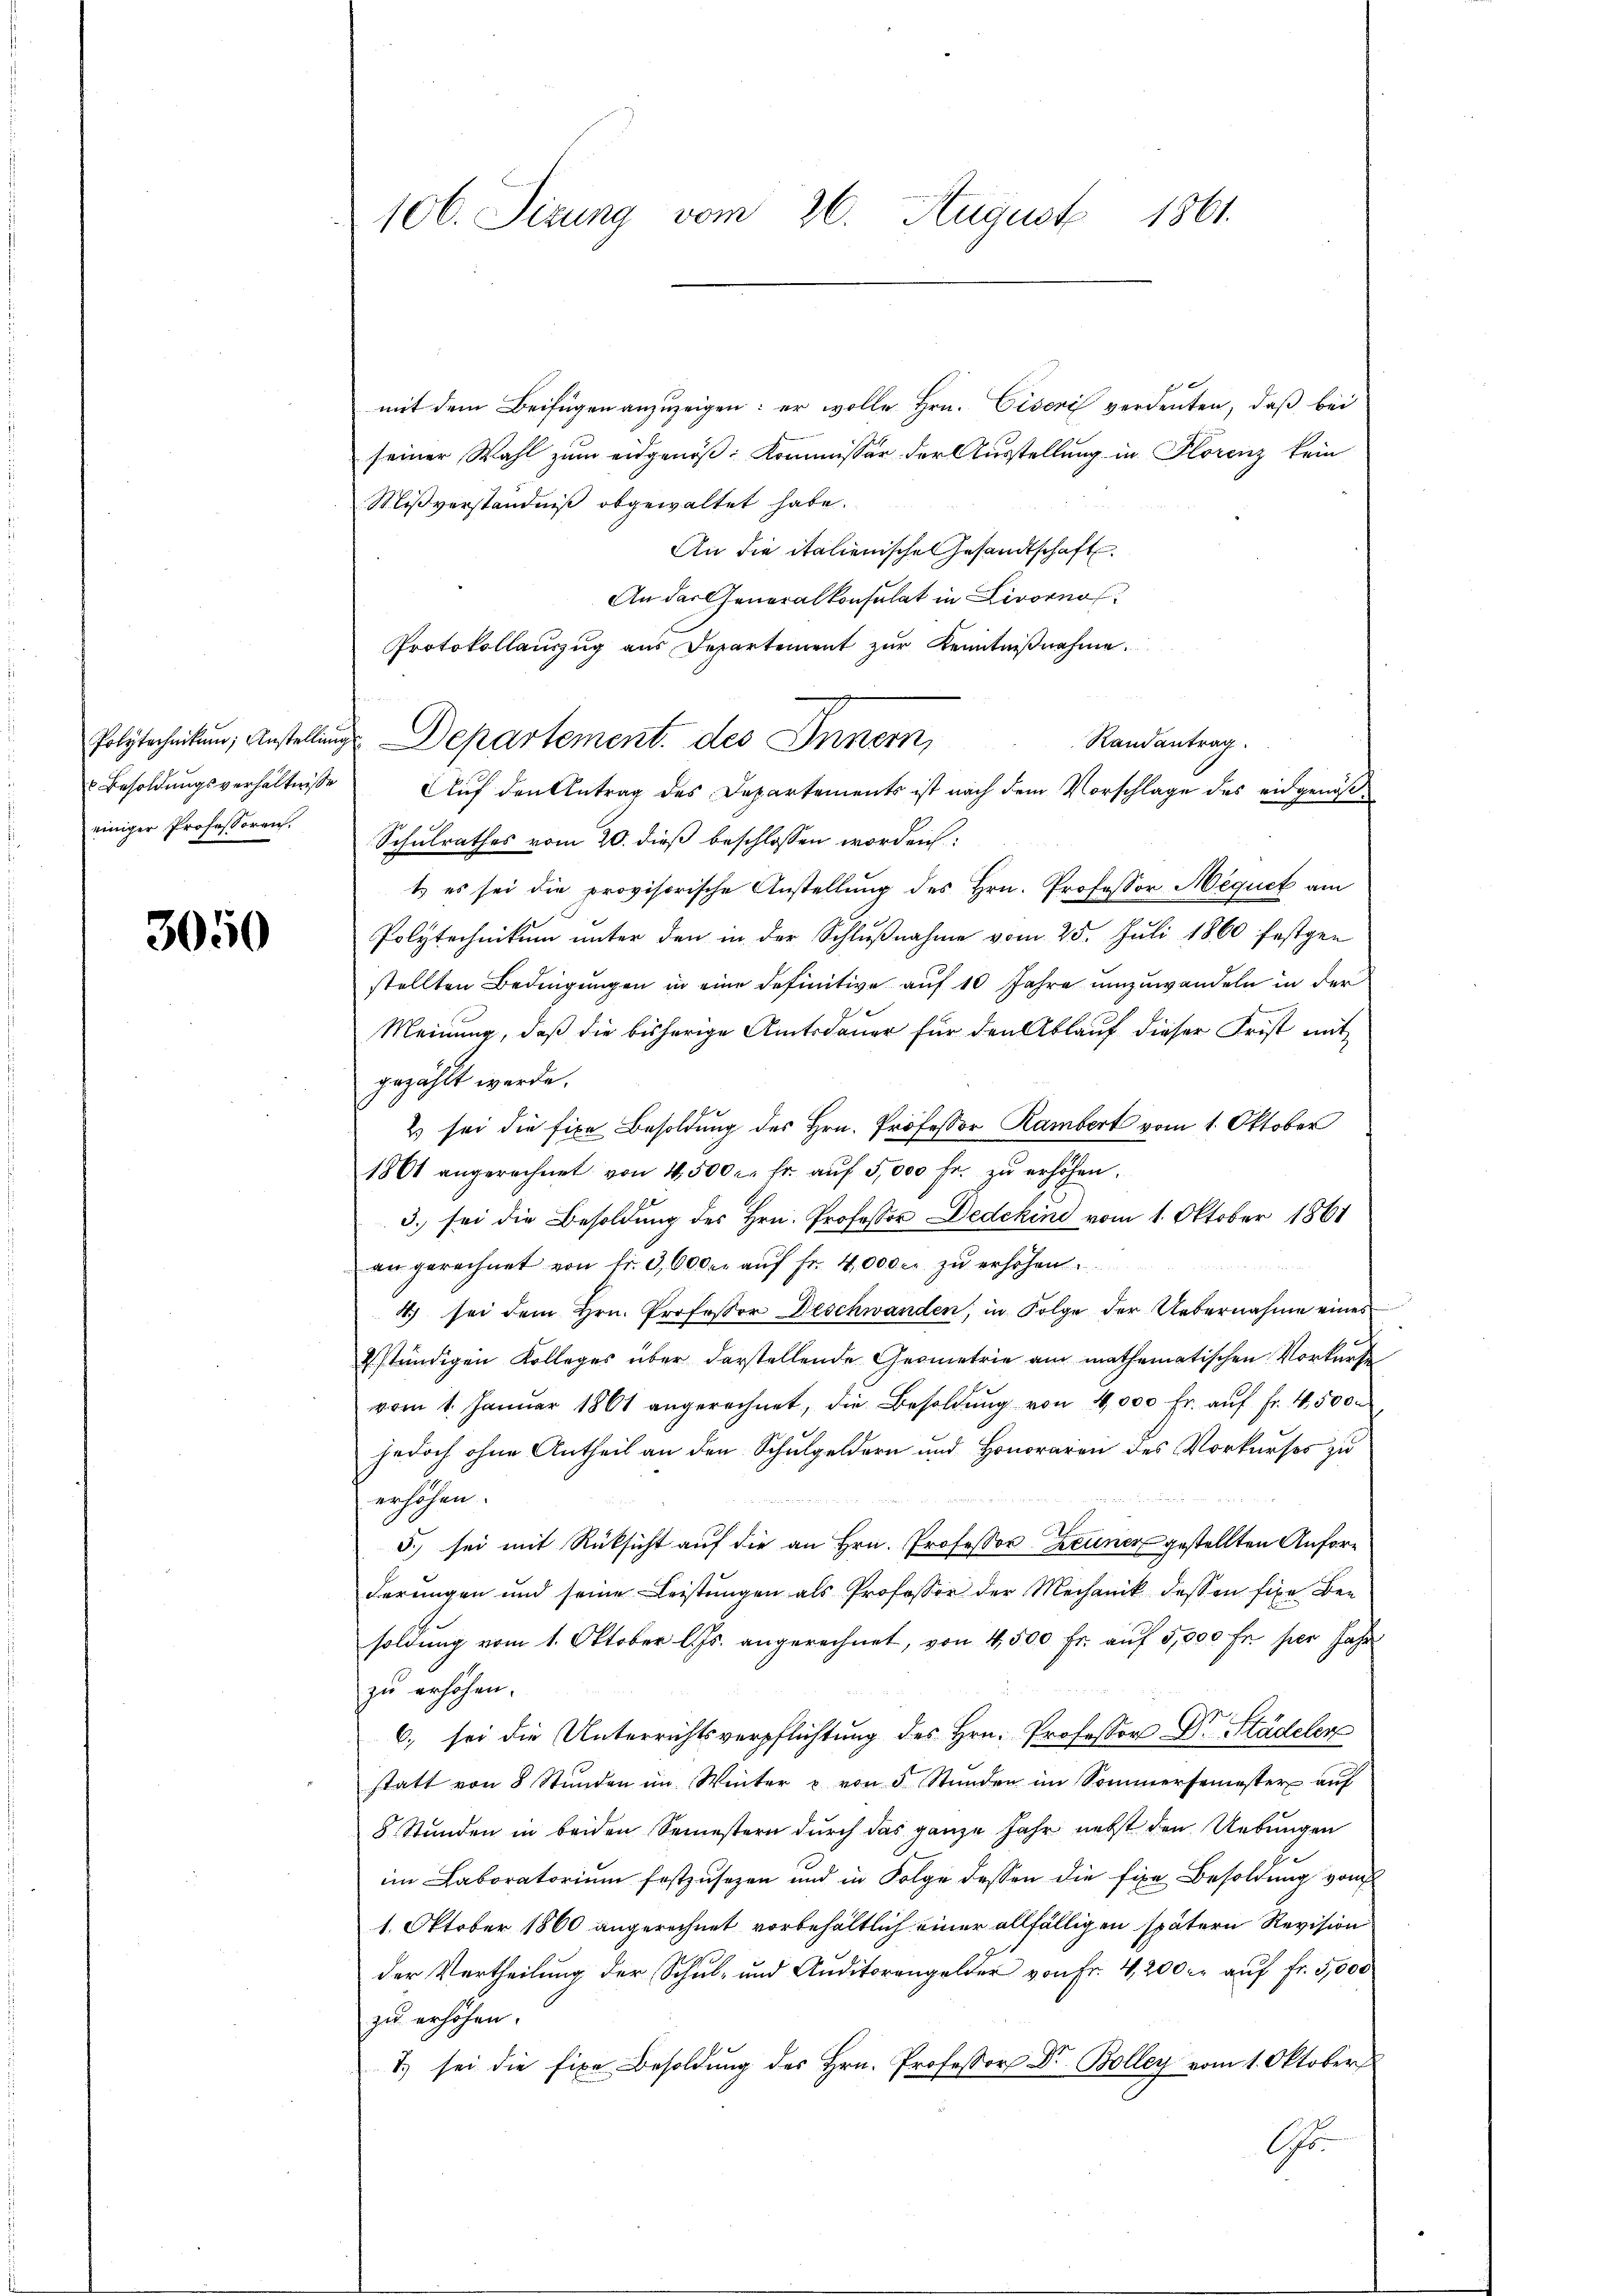
Polytechnikum, Anstellung
 Besoldungsverhältnisse
einiger Professoren.

3050

106. Sizung vom 26. August 1861.

mit dem Beifügen anzuzeigen: er wolle Hrn. Eiseri verdenten, daβ bei
seiner Wahl zum eidgenöß: Kommissär der Ausstellung in Florenz kein
Mißverständniß abgewaltet habe.
An die italienische Gesandtschaft
An der Generalkonsulat in Livorno
Protokollauszug aus Departement zŭr Kenntniβnahme.
Randantrag
Auf den Antrag des Departements ist nach dem Vorschlage des eidgenöß¬
Schulrathes vom 20. dieß beschlossen worden:
t es sei die provisorische Anstellung des Hrn. Professor Mequet am
Polytechnikum unter den in der Schlŭβnahme vom 25. Juli 1860 festgen
stellten Bedingungen in eine definitive auf 10 Jahre umzuwandeln in der
Meinung, daß die bisherige Amtsdauer für den Ablauf dieser Frist mit
gezählt werde.
2) sei die fixe Besoldung des Hrn. Professor Rambert vom 1. Oktober
1861 angerechnet von 4500 c. fr. aŭf 5,000 fr. zŭ erhöhen.
3. sei die Besoldung des Hrn. Professor Dedekind vom 1. Oktober 1861
an gerechnet von fr. 3, 60 der aŭf Fr. 4000 r. zŭ erhöhen.
4) sei dem Hrn. Professor Deschwanden, in Folge der Uebernahme eines
ständigen Kolleges über darstellende Geometrie am mathematischen Vorkurse
vom 1. Januar 1861 angerechnet, die Besoldŭng von 4000 fr. auf Fr. 45000
jedoch ohne Antheil an den Schulgeldern und Honoraren des Vorkurses zu
erhöhen.
5.) sei mit Rücksicht auf die an Hrn. Professor Zeuner gestellten Anforderungen und seine Leistŭngen als Professor der Mechanik dessen fixe Ben
soldung vom 1. Oktober l. Js. angerechnet, von 4,500 fr. auf 5,000 Fr. per Jahr
zu erhöhen.
6. sei die Unterrichtsverpflichtung des Hrn. Professor Dr. Städeler
statt von 8 Stŭnden im Winter u. von 5 Stŭnden im Sommersemester auf
8 Stunden in beiden Semestern durch das ganze Jahr nebst den Uebungen
im Laboratorium festzusezen und in Folge dessen die fixe Besoldung vom
1. Oktober 1860 angerechnet vorbehältlich einer allfälligen spätern Revision
der Vertheilung der Schul- und Auditorengelder von Fr. 4,200 er auf fr. 5,000
zu erhöhen.
7. sei die fixe Besoldung des Hrn. Professor Dr. Bolleg vom 1. Oktober
Chr.

Departement, des Innern,